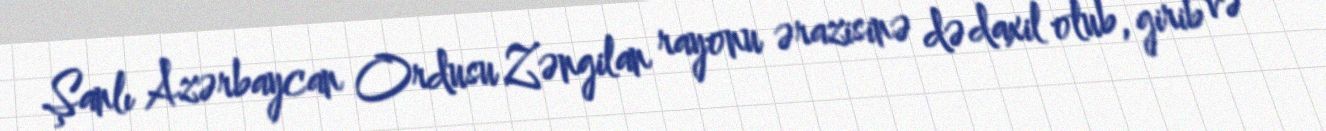
Şanlı Azərbaycan Ordusu Zəngilan rayonu ərazisinə də daxil olub, girib və